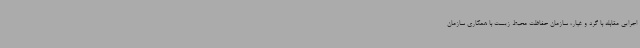
اجرایی مقابله با گرد و غبار، سازمان حفاظت محیط زیست با همکاری سازمان